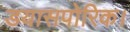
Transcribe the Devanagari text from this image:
डयासपोरिक।